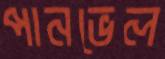
পানভেল